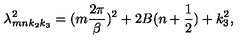
\lambda _ { m n k _ { 2 } k _ { 3 } } ^ { 2 } = ( m \frac { 2 \pi } { \beta } ) ^ { 2 } + 2 B ( n + \frac { 1 } { 2 } ) + k _ { 3 } ^ { 2 } ,